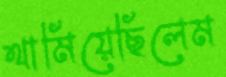
থামিয়েছিলেম